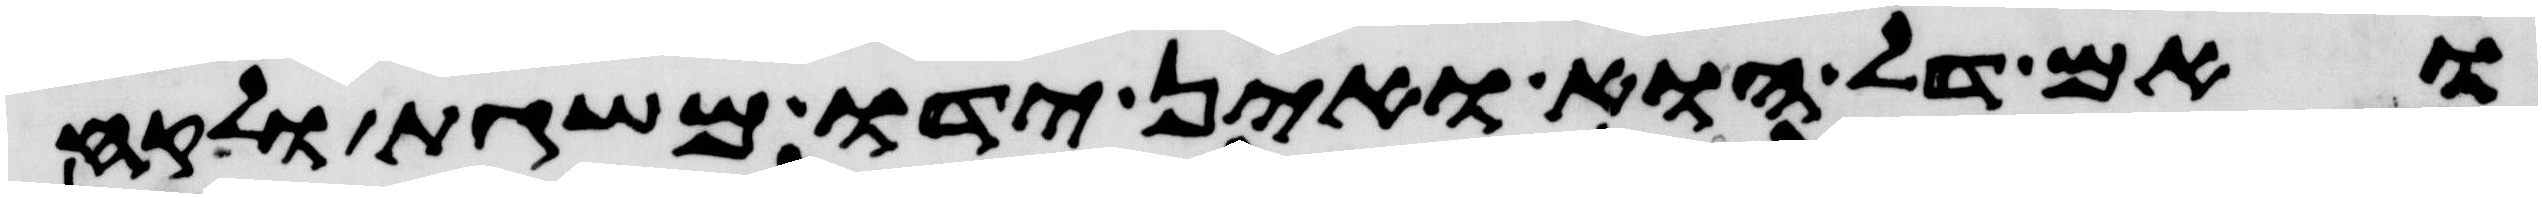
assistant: ואם דל הוא ואין ידו משגת ולקח